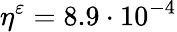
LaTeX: \eta^{\varepsilon}=8.9\cdot 10^{-4}